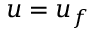
\boldsymbol { u } = \boldsymbol { u } _ { f }